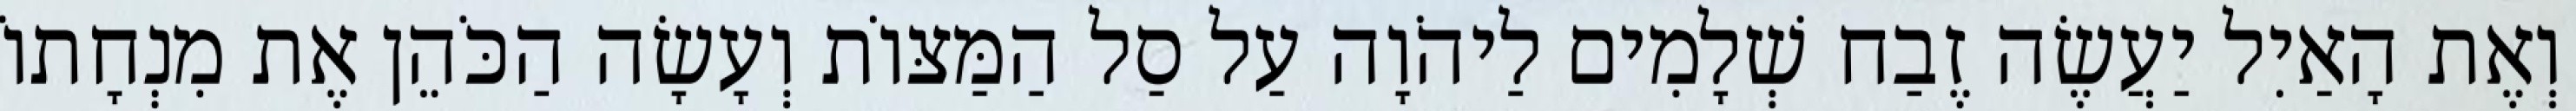
וְאֶת הָאַיִל יַעֲשֶׂה זֶבַח שְׁלָמִים לַיהֹוָה עַל סַל הַמַּצּוֹת וְעָשָׂה הַכֹּהֵן אֶת מִנְחָתוֹ